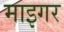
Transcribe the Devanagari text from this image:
माइगर